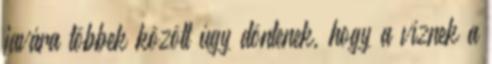
javára többek között úgy döntenek, hogy a víznek a